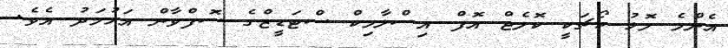
އެންމެ މޮޅު ކޯޗަކީ ކޮލެޖް އޮފް އިސްލާމިކް ސްޓަޑީޒްގެ ސޮފްވާން އަހުމަދު އެވެ.